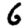
Digit: 6